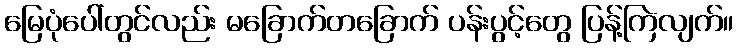
မြေပုံပေါ်တွင်လည်း မခြောက်တခြောက် ပန်းပွင့်တွေ ပြန့်ကြဲလျက်။